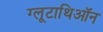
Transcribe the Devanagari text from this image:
ग्लूटाथिऑन